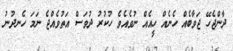
ދާންޖެހޭ ޖަވާބެއް ހެނެއް ހީއެއް ނުވެއެވެ ހުކުރު ދުވަސް އަތުވެއްޖެ ނަމަ ހެނދުނު